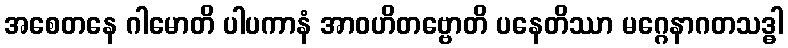
အစေတနေ ဂါမောတိ ပါပကာနံ အာဝဟိတဗ္ဗောတိ ပနေတိဿာ မဂ္ဂေနာဂတသဒ္ဓါ